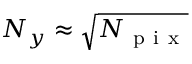
N _ { y } \approx \sqrt { N _ { \mathrm { ~ p ~ i ~ x ~ } } }